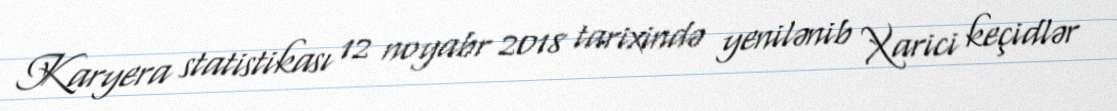
Karyera statistikası 12 noyabr 2018 tarixində yenilənib Xarici keçidlər